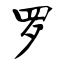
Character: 罗